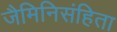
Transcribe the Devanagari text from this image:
जैमिनिसंहिता